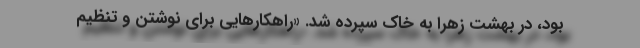
بود، در بهشت زهرا به خاک سپرده شد. «راهکارهایی برای نوشتن و تنظیم